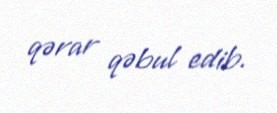
qərar qəbul edib.